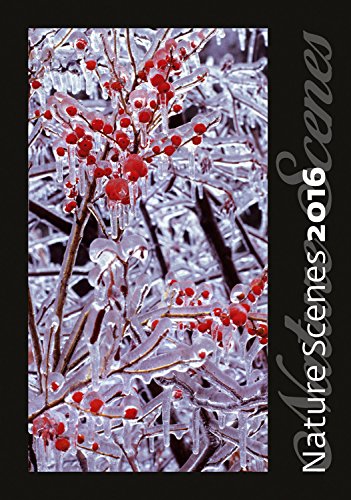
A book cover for Nature Scenes Wall Calendar 2016 - Flower Calendar - Photography Calendar by Helma; MegaCalendars; Calendars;